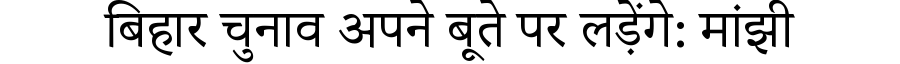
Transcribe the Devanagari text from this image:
बिहार चुनाव अपने बूते पर लड़ेंगे: मांझी